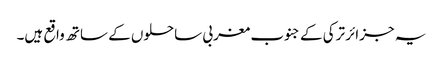
یہ جزائر ترکی کے جنوب مغربی ساحلوں کے ساتھ واقع ہیں۔